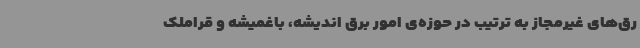
رق‌های غیرمجاز به ترتیب در حوزه‌ی امور برق اندیشه، باغمیشه و قراملک